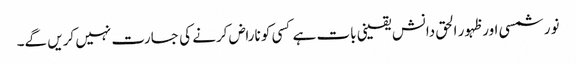
نور شمسی اور ظہور الحق دانش یقینی بات ہے کسی کو ناراض کرنے کی جسارت نہیں کریں گے۔